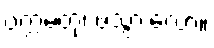
ပက္ကမတု၊ ဖဲသွားလော့။